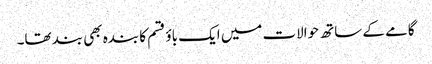
گامے کے ساتھ حوالات میں ایک باؤ قسم کا بندہ بھی بند تھا۔